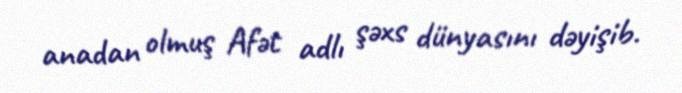
anadan olmuş Afət adlı şəxs dünyasını dəyişib.